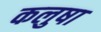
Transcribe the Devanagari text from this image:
कलुषा